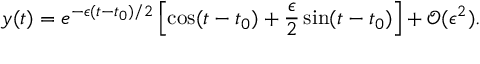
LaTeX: y ( t ) = e ^ { - \epsilon ( t - t _ { 0 } ) / 2 } \left[ \cos ( t - t _ { 0 } ) + \frac { \epsilon } { 2 } \sin ( t - t _ { 0 } ) \right] + \mathcal { O } ( \epsilon ^ { 2 } ) .